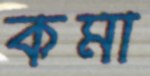
কমা